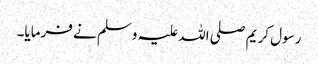
رسول کریم صلی اللہ علیہ وسلم نے فرمایا۔